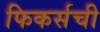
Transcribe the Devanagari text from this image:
फिकर्सची